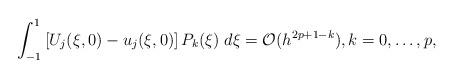
LaTeX: \begin{align*}\int_{-1}^1 \left[U_j(\xi,0) - u_j(\xi,0)\right]P_k(\xi) \; d\xi = \mathcal{O}(h^{2p+1-k}), k = 0, \ldots, p, \end{align*}